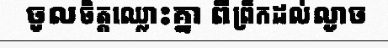
ចូលចិត្តឈ្លោះគ្នា ពីព្រឹកដល់ល្ងាច